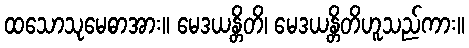
ထသောသုမေဓာအား။ မေဒယန္တိတိ၊ မေဒယန္တိတိဟူသည်ကား။